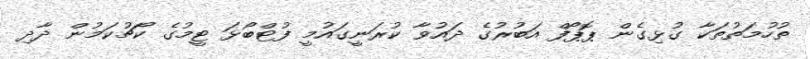
ތުހުމަތުތަކާ ގުޅިގެން ޕޮޕޯފް އަބުރުގެ ދައުވާ ކުރަނީގައުމީ ފުޓްބޯޅަ ޓީމުގެ ކޯޗުކަމުން ދާދި